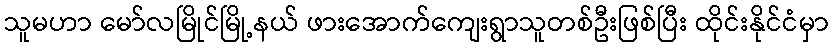
သူမဟာ မော်လမြိုင်မြို့နယ် ဖားအောက်ကျေးရွာသူတစ်ဦးဖြစ်ပြီး ထိုင်းနိုင်ငံမှာ